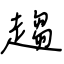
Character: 趨